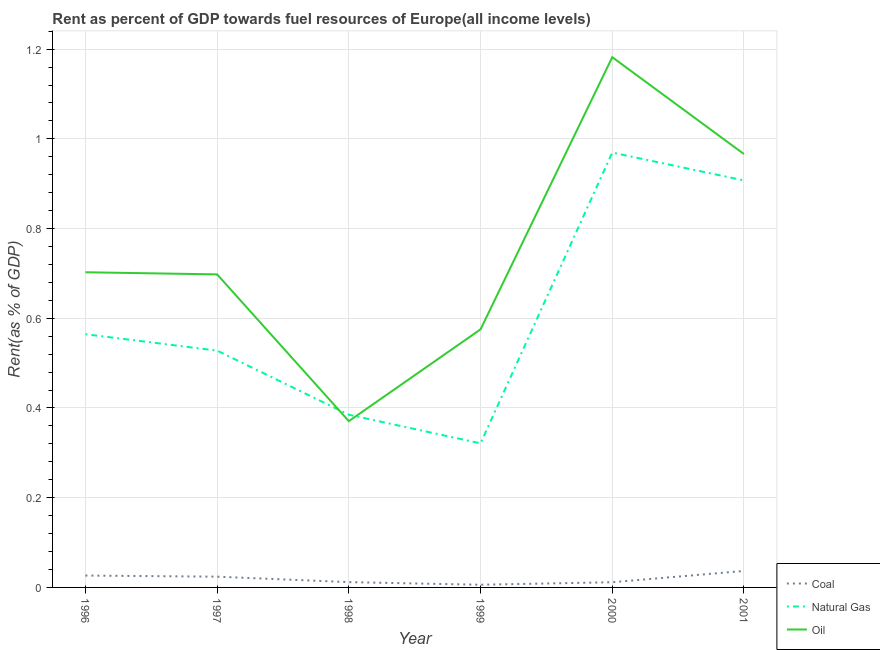
| Year | Coal | Natural Gas | Oil |
 | --- | --- | --- | --- |
 | 1996 | 0.0264 | 0.564 | 0.703 |
 | 1997 | 0.024 | 0.528 | 0.698 |
 | 1998 | 0.0118 | 0.385 | 0.371 |
 | 1999 | 0.00598 | 0.321 | 0.575 |
 | 2000 | 0.0116 | 0.969 | 1.18 |
 | 2001 | 0.0367 | 0.907 | 0.966 |